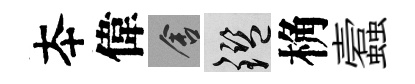
夲偉舍鑒桷蠧